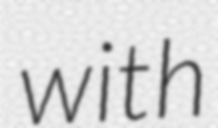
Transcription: with